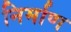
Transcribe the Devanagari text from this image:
निर्माण्‍ा